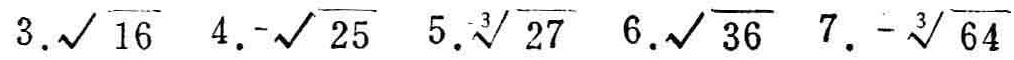
3. $\sqrt{16}$ 4. $-\sqrt{25}$ 5. $\sqrt[3]{27}$ 6. $\sqrt{36}$ 7. $-\sqrt[3]{64}$